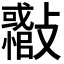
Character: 𣀪